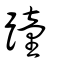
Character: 蹱